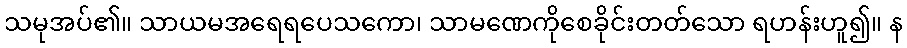
သမုအပ်၏။ သာယမအရေရပေသကော၊ သာမဏေကိုစေခိုင်းတတ်သော ရဟန်းဟူ၍။ န